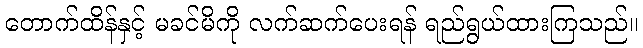
တောက်ထိန်နှင့် မခင်မိကို လက်ဆက်ပေးရန် ရည်ရွယ်ထားကြသည်။